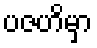
ပဇဟိမှာ